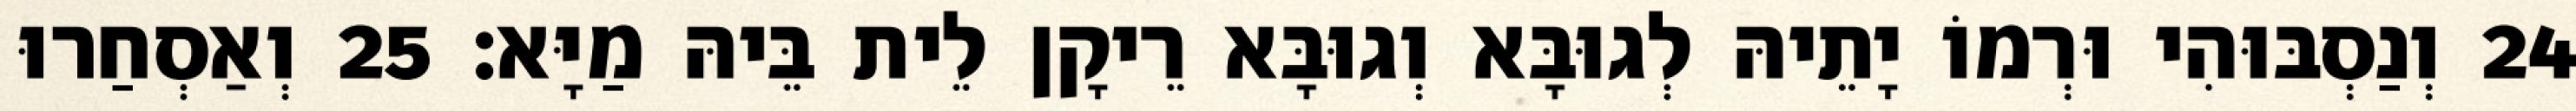
24 וְנַסְבּוּהִי וּרְמוֹ יָתֵיהּ לְגוּבָּא וְגוּבָּא רֵיקָן לֵית בֵּיהּ מַיָּא׃ 25 וְאַסְחַרוּ